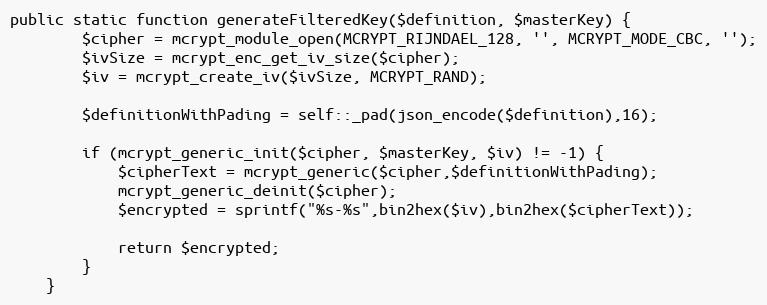
Language: PHP
public static function generateFilteredKey($definition, $masterKey) {
        $cipher = mcrypt_module_open(MCRYPT_RIJNDAEL_128, '', MCRYPT_MODE_CBC, '');
        $ivSize = mcrypt_enc_get_iv_size($cipher);
        $iv = mcrypt_create_iv($ivSize, MCRYPT_RAND);

        $definitionWithPading = self::_pad(json_encode($definition),16);

        if (mcrypt_generic_init($cipher, $masterKey, $iv) != -1) {
            $cipherText = mcrypt_generic($cipher,$definitionWithPading);
            mcrypt_generic_deinit($cipher);
            $encrypted = sprintf("%s-%s",bin2hex($iv),bin2hex($cipherText));

            return $encrypted;
        }
    }